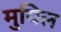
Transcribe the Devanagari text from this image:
मुयिल